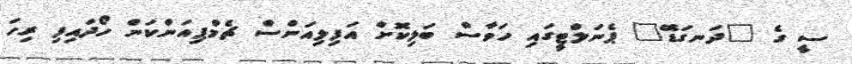
ސީ ގެ "ދަނގަޑޭ" ޕެނަލްޓީގައި ހަވާސް ބަލިކޮށް އަފިލިއަންސް ޗެމްޕިއަންކަން ހޯދައިފި ރިހަ